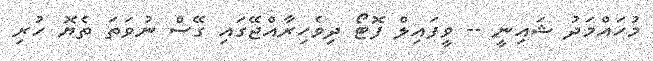
މުހައްމަދު ޝައިނީ -- ވީފައިލް ފޮޓޯ ދިވެހިރާއްޖޭގައި ގޭސް ނުވަތަ ތެޔޮ ހުރި